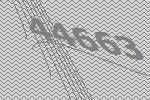
44663